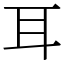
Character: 耳